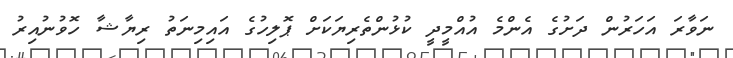
ނަވާރަ އަހަރުން ދަށުގެ އެންމެ އުއްމީދީ ކުޅުންތެރިޔަކަށް ޕޮލިހުގެ އައިމިނަތު ރިޔާޝާ ހޮވުނުއިރު